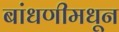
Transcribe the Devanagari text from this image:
बांधणीमधून